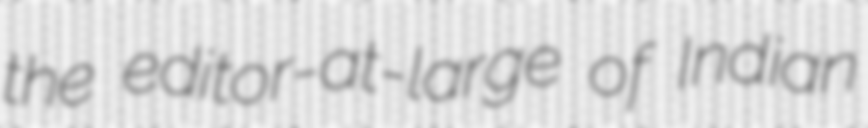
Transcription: the editor-at-large of Indian